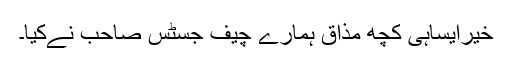
خیرایساہی کچھ مذاق ہمارے چیف جسٹس صاحب نےکیا۔